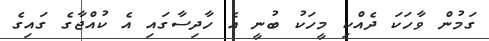
ގަމުން ވާހަކަ ދެއްކި މީހަކު ބުނީ އެ ހާދިސާގައި އެ ކުއްޖާގެ ގައިގެ